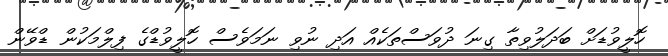
ހޮލީވުޑަށް ބަދަލުވިތާ ގިނަ ދުވަސްތަކެއް އަދި ނުވި ނަމަވެސް ހޮލީވުޑްގެ ފިލްމަކުން ޑްވޭން